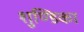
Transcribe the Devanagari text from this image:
शुण्डिका